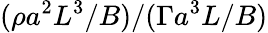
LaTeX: (\rho a^{2}L^{3}/B)/(\Gamma a^{3}L/B)